Indian journal of veterinary science and animal husbandry - Volume 2,
Year: 1932
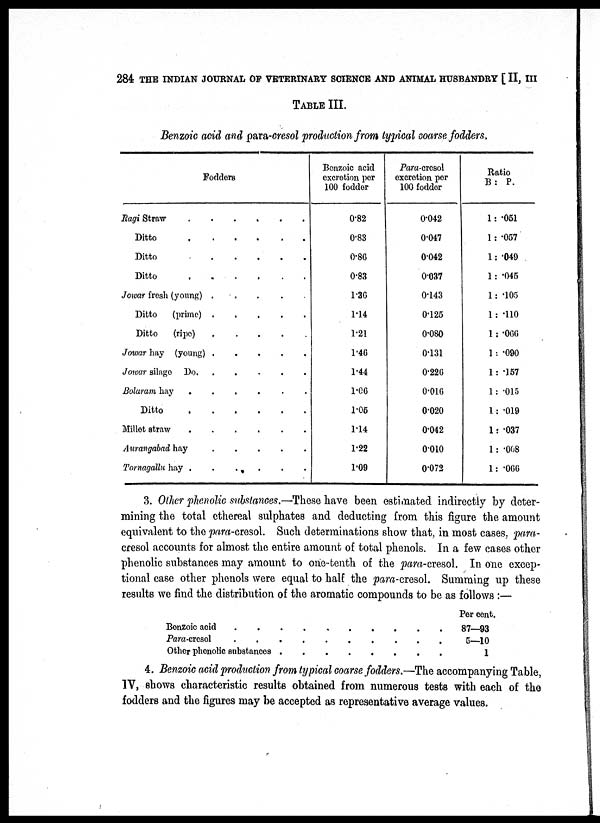
284 THE INDIAN JOURNAL OF VETERINARY SCIENCE AND ANIMAL HUSBANDRY [ II, III
TABLE III.
Benzoic acid and para-cresol production from typical coarse fodders.
Fodders
Ragi Straw
......
Ditto
Ditto
....
Ditto
Jowar fresh (young) .
Ditto
(prime) ,
Ditto
(ripe)
.
Jowar hay (young)
.....
Jowar silage Do.
.....
Bolaram hay
......
Ditto
Millet straw
Aurangabad hay
.....
Tornagallu hay
......
Benzoic acid
excretion per
100 fodder
0.82
0.83
0.86
0.83
1.36
1.14
1.21
1.46
1.44
1.06
1.05
1.14
1.22
1.09
Para-cresol
excretion per
100 fodder
0.042
0.047
0.042
0.037
0.143
0.125
0.080
0.131
0.226
0.016
0.020
0.042
0.010
0.072
Ratio
B: P.
1: .051
1: .057
1: .049
1 : .045
1: .105
1 : .110
1: .066
1 : .090
1 : .157
1: .015
1: .019
1: .037
1: .008
1: .066
3. Other phenolic substances.—These have been estimated indirectly by deter-
mining the total ethereal sulphates and deducting from this figure the amount
equivalent to the para-cresol. Such determinations show that, in most cases, para-
cresol accounts for almost the entire amount of total phenols. In a few cases other
phenolic substances may amount to one-tenth of the para-cresol. In one excep-
tional case other phenols were equal to half the para-cresol. Summing up these
results we find the distribution of the aromatic compounds to be as follows:—
Bonzoic acid
.......
Para-cresol
Other phenolic substances.....
Per cent.
87—93
5—10
1
4. Benzoic acid production from typical coarse fodders.—The accompanying Table,
IV, shows characteristic results obtained from numerous tests with each of the
fodders and the figures may be accepted as representative average values.